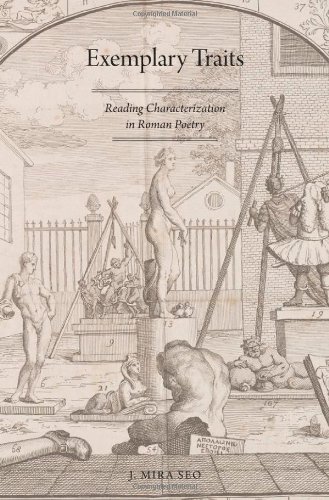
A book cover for Exemplary Traits: Reading Characterization in Roman Poetry; J. Mira Seo; Literature & Fiction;